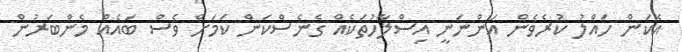
އެކަން ހައްލު ކުރެވެން އަންނަނީ އިސްލާހުތަކެއް ގެނެސްކަން ކަމަށް ވެސް ބައެއް މެންބަރުން